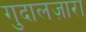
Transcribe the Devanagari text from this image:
गुदालज़ारा